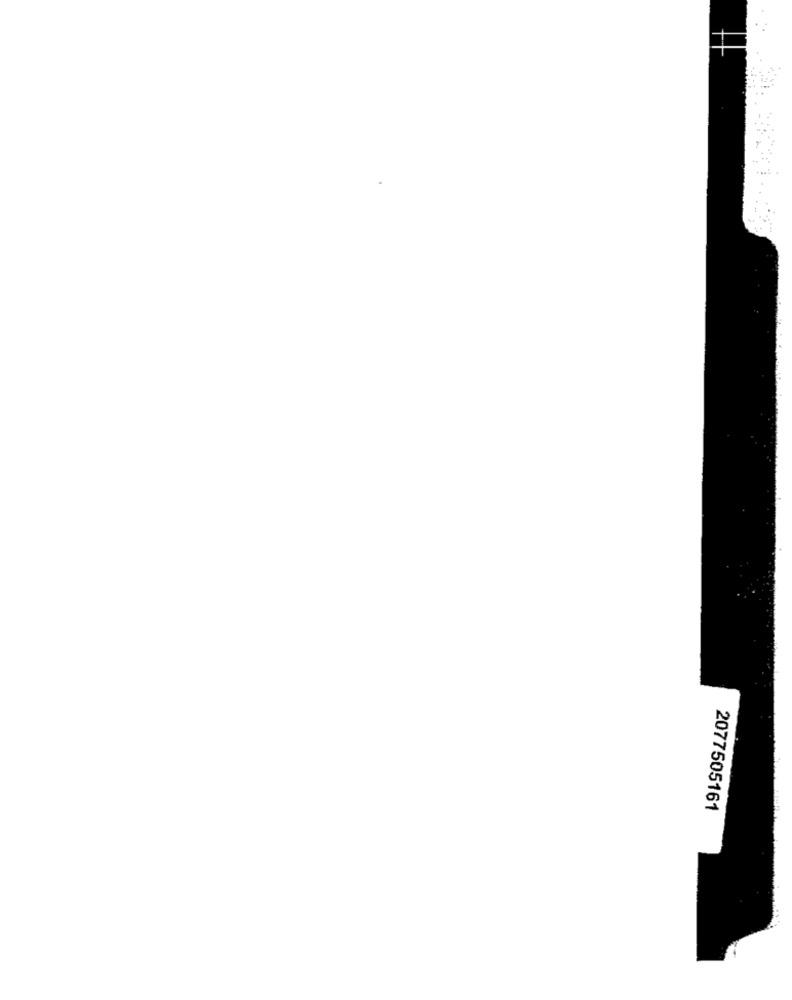
2077505161